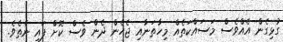
ގުޅިގެން އެއްވެސް މަސައްކަތެއް މިހާތަނާއި ޖެހެން ދެން ވެސް ކޮށް ފައި ނެތެވެ.